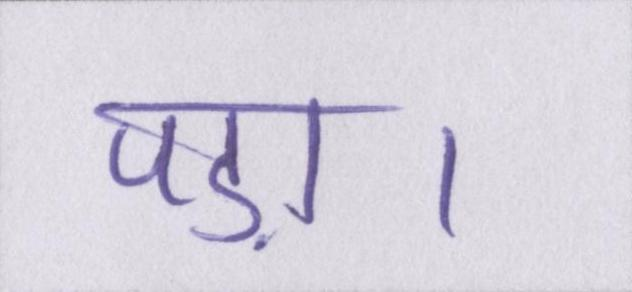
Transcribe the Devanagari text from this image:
पड़ा।